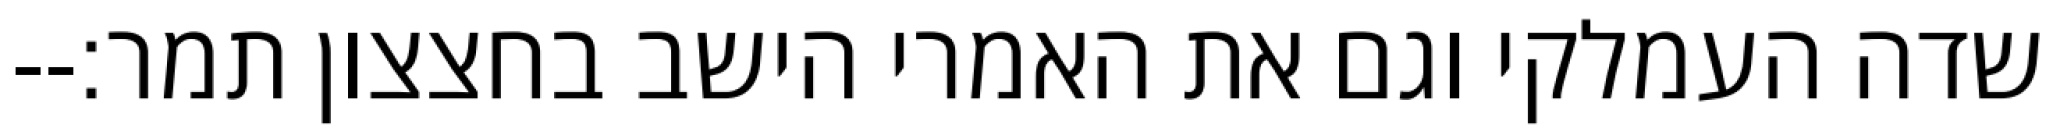
שדה העמלקי וגם את האמרי הישב בחצצון תמר׃--